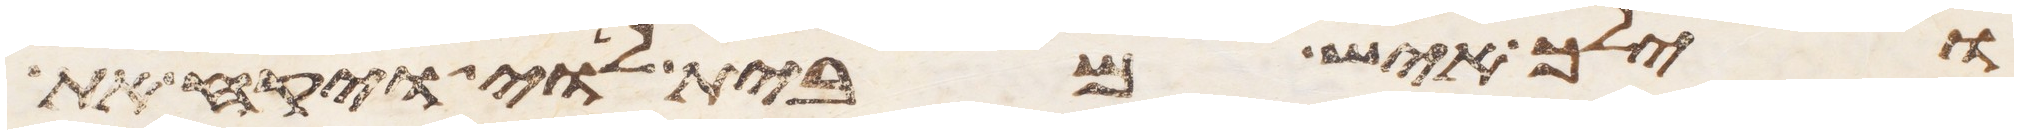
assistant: וילך איש מבית לוי ויקח את